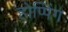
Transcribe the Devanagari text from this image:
होप्पिंग